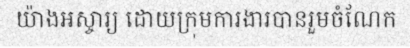
យ៉ាងអស្ចារ្យ ដោយក្រុមការងារបានរួមចំណែក